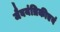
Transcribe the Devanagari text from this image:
जैवयंत्रिकीएवं